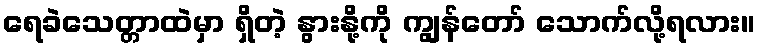
ရေခဲသေတ္တာထဲမှာ ရှိတဲ့ နွားနို့ကို ကျွန်တော် သောက်လို့ရလား။